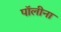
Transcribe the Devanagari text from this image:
पॉलीना